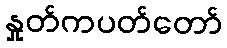
နှုတ်ကပတ်တော်